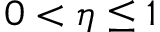
0 < \eta \leq 1